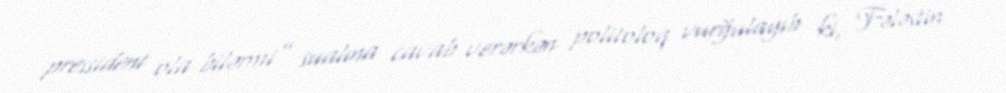
pressident ola bilərmi” sualına cavab verərkən politoloq vurğulayıb ki, Fələstin